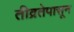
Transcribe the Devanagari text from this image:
तीव्रतेपासून